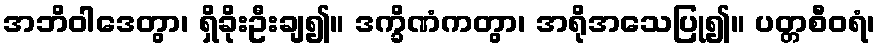
အဘိဝါဒေတွာ၊ ရှိခိုးဦးချ၍။ ဒက္ခိဏံကတွာ၊ အရိုအသေပြု၍။ ပတ္တစီဝရံ၊